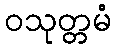
ဝသုတ္တမံ